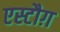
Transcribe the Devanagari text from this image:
एस्टौग़